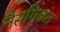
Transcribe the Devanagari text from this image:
नैसगिकत